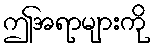
ဤအရာများကို